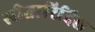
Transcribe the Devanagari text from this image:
सीतारिदिस